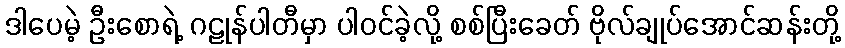
ဒါပေမဲ့ ဦးစောရဲ့ ဂဠုန်ပါတီမှာ ပါဝင်ခဲ့လို့ စစ်ပြီးခေတ် ဗိုလ်ချုပ်အောင်ဆန်းတို့